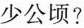
少公顷?